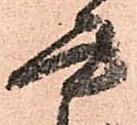
書